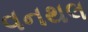
વનથલ